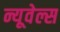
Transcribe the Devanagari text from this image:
न्यूवेल्स